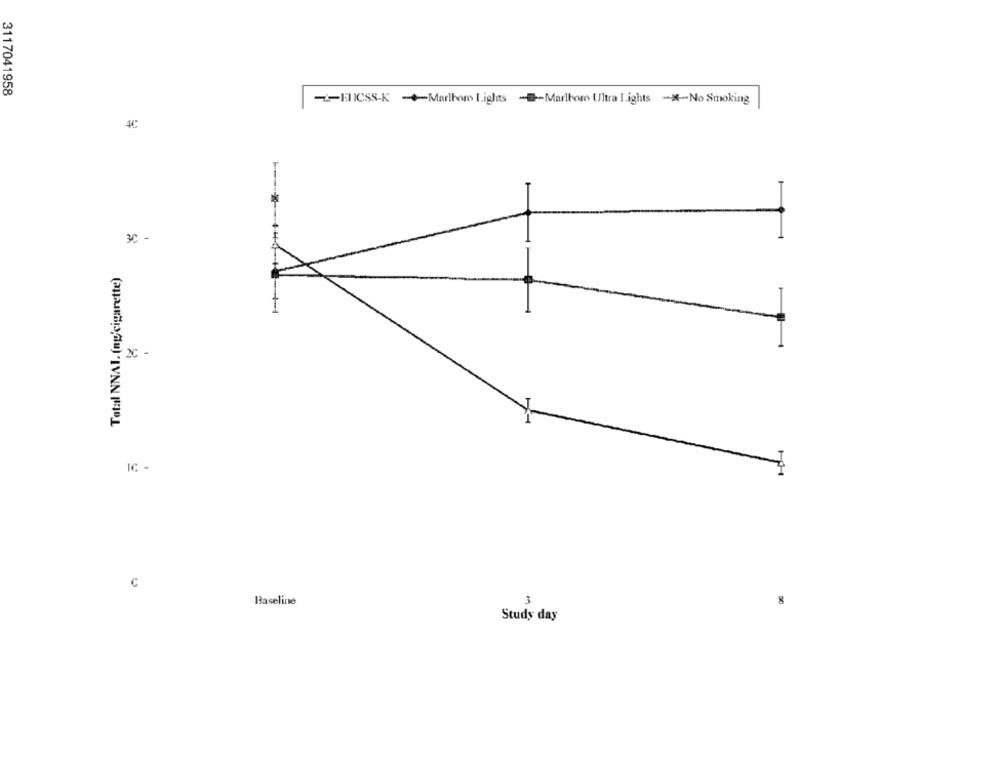
3117041958
-HIICSS-K -Marlhom Lights -- Marltom Ultra lights -No Smoking
It
3C -
Total NNAI. (ng'cigarette)
2C -
IC -
c
Baseline
3
Study day